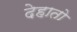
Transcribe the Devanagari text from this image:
देहातो